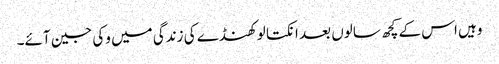
وہیں اس کے کچھ سالوں بعد انکتا لوکھنڈے کی زندگی میں وکی جین آئے۔